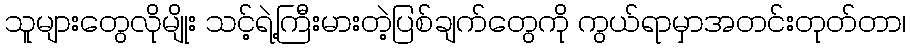
သူများတွေလိုမျိုး သင့်ရဲ့ကြီးမားတဲ့ပြစ်ချက်တွေကို ကွယ်ရာမှာအတင်းတုတ်တာ၊